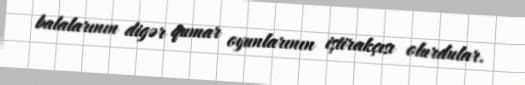
balalarının digər qumar oyunlarının iştirakçısı olurdular.